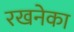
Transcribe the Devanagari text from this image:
रखनेका